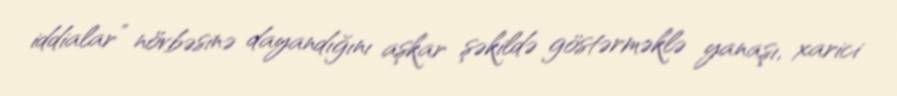
iddialar” növbəsinə dayandığını aşkar şəkildə göstərməklə yanaşı, xarici